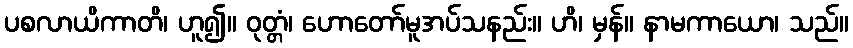
ပစလာယိကာတိ၊ ဟူ၍။ ဝုတ္တံ၊ ဟောတော်မူအပ်သနည်း။ ဟိ၊ မှန်။ နာမကာယော၊ သည်။